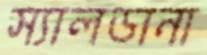
স্যালডানা